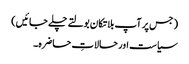
( جس پر آپ بلاتکان بولتے چلے جائیں)
سیاست اور حالاتِ حاضرہ۔